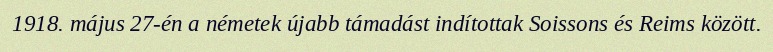
1918. május 27-én a németek újabb támadást indítottak Soissons és Reims között.